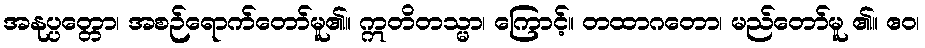
အနုပ္ပတ္တော၊ အစဉ်ရောက်တော်မူ၏။ ဣတိတသ္မာ၊ ကြောင့်။ တထာဂတော၊ မည်တော်မူ ၏။ ဧဝ၊